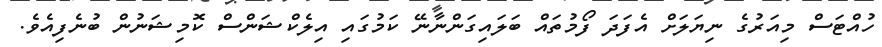
ހުއްޓަސް މިއަރުގެ ނިޔަލަށް އެފަދަ ފޯމުތައް ބަލައިގަންނާނޭ ކަމުގައި އިލެކްޝަންސް ކޮމިޝަނުން ބުނެފިއެވެ.